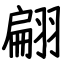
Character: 翩